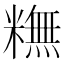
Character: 𥼣